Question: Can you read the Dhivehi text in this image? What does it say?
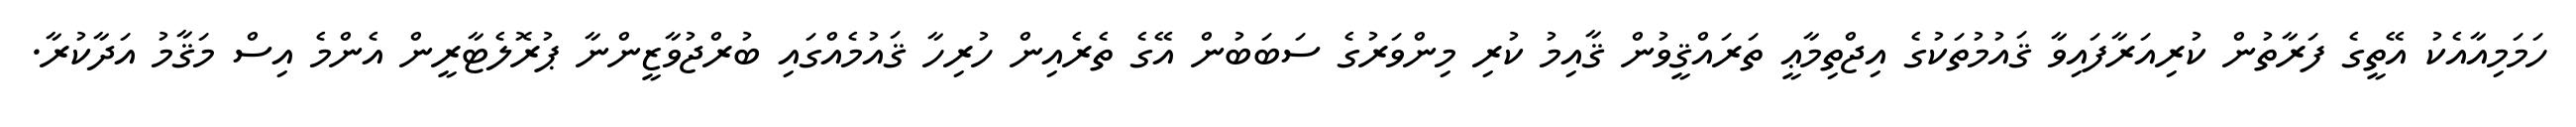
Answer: ހަމަމިއާއެކު އޭތީގެ ފަރާތުން ކުރިއަރާފައިވާ ޤައުމުތަކުގެ އިޖްތިމާޢީ ތަރައްޤީވުން ޤާއިމު ކުރި މިންވަރުގެ ސަބަބުން އޭގެ ތެރެއިން ހުރިހާ ޤައުމެއްގައި ބުރްޖުވާޒީންނާ ޕުރޮލެޓާރީން އެންމެ އިސް މަޤާމު އަދާކުރާ.